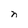
Character: n